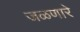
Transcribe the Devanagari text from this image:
जळणारे